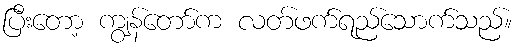
ပြီးတော့ ကျွန်တော်က လတ်ဖက်ရည်သောက်သည်။